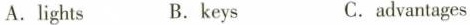
A.lights B.keys C.advantages